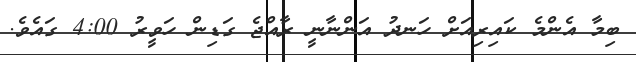
ބިމާ އެންމެ ކައިރިއަށް ހަނދު އަންނާނީ ރާއްޖެ ގަޑިން ހަވީރު 4:00 ގައެވެ.